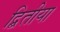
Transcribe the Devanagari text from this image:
द्बितीया